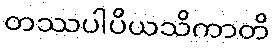
တဿပါပိယသိကာတိ